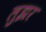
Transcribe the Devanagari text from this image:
लुझर